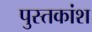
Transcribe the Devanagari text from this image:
पुस्तकांश